Medical and sanitary report of the native army of Bengal for the year
Year: 1877
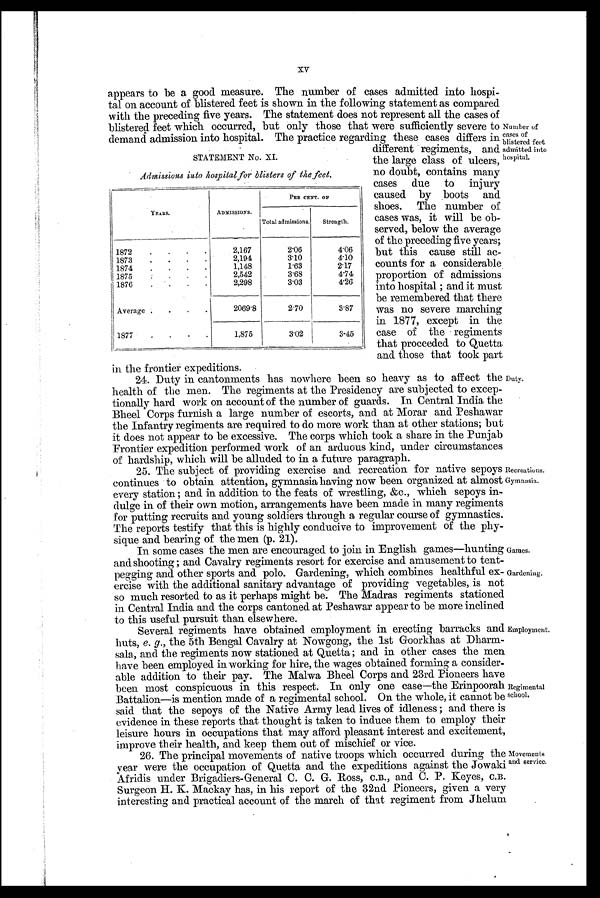
XV
appears to be a good measure. The number of cases admitted into hospi-
tal on account of blistered feet is shown in the following statement as compared
with the preceding five years. The statement does not represent all the cases of
blistered feet which occurred, but only those that were sufficiently severe to
demand admission into hospital. The practice regarding these cases differs in
Number of
cases of
blistered feet
admitted into
hospital.
STATEMENT No. XI.
Admissions into kospital.foi blisters of the feel.
YEARS.
ADMISSIONS.
PER CENT. OF
Total admissions.
Strength.
1872
2,167
2.06
4.06
1873
2,194
3.10
4.10
1874
1,148
1.63
2.17
1875
2,542
3.68
4.74
1876
2,298
3.03
4.26
Average
2069.8
2.70
3.87
1877
1,875
3.02
3.45
ditterent regiments, and
the large class of ulcers,
no doubt, contains many
cases due to injury
caused by boots and
shoes. The number of
cases was, it will be ob-
served, below the average
of the preceding five years;
but this cause still ac-
counts for a considerable
proportion of admissions
into hospital ; and it must
be remembered that there
was no severe marching
in 1877, except in the
case of the regiments
that proceeded. to Quetta
and those that took part
in the frontier expeditions.
24. Duty in cantonments has nowhere been so heavy as to affect the
health of the men. The regiments at the Presidency are subjected to excep-
tionally hard work on account of the number of guards. In Central India the
Bheel Corps furnish a large number of escorts, and at Morar and Peshawar
the Infantry regiments are required to do more work than at other stations; but
it does not appear to be excessive. The corps which took a share in the Punjab
Frontier expedition performed work of an arduous kind, under circumstances
of hardship, which will be alluded to in a future paragraph.
25. The subject of providing exercise and recreation for native sepoys
continues to obtain attention, gymnasia having now been organized at almost
every station ; and in addition to the feats of wrestling, &c., which sepoys in-
dulge in of their own motion, arrangements have been made in many regiments
for putting recruits and young soldiers through a regular course of gymnastics.
The reports testify that this is highly conducive to improvement of the phy-
sique and bearing of the men (p. 21).
In some cases the men are encouraged to join in English games—hunting
and shooting; and Cavalry regiments resort for exercise and amusement to tent-
pegging and other sports and polo. Gardening, which combines healthful ex-
ercise with the additional sanitary advantage of providing vegetables, is not
so much resorted to as it perhaps might be. The Madras regiments stationed
in Central India and the corps cantoned at Peshawar appear to be more inclined
to this useful pursuit than elsewhere.
Several regiments have obtained employment in erecting barracks and
huts, e. g., the 5th Bengal Cavalry at Nowgong, the 1st Goorkhas at Dharm-
sala, and the regiments now stationed at Quetta; and in other cases the men
have been employed in working for hire, the wages obtained forming a consider-
able addition to their pay. The Malwa Bheel Corps and 23rd Pioneers have
been most conspicuous in this respect. In only one case—the Erinpoorah
Battalion—is mention made of a regimental school. On the whole, it cannot be
said that the sepoys of the Native Army lead lives of idleness ; and there is
evidence in these reports that thought is taken to induce them to employ their
leisure hours in occupations that may afford pleasant interest and excitement,
improve their health, and keep them out of mischief or vice.
26. The principal movements of native troops which occurred during the
year were the occupation of Quetta and the expeditions against the Jowaki
Afridis under Brigadiers-General C. C. G. Ross, C.B., and C. P. Keyes, C.B.
Surgeon H. K. Mackay has, in his report of the 32nd Pioneers, given a very
interesting and practical account of the march of that regiment from Jhelum
Duty.
recreations.
g ymnasia.
Games.
Gardening.
Employment.
Regimental
mehool.
Movements
and service.